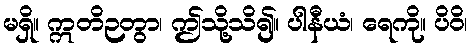
မရှိ။ ဣတိဉတွာ၊ ဤသို့သိ၍။ ပါနီယံ၊ ရေကို။ ပိဝိ၊